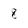
Character: 8